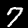
Digit: 7